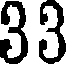
33